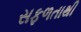
સફળતાથી